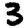
Digit: 3